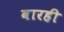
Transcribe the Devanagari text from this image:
वारही